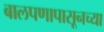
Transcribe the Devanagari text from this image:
बालपणापासूनच्या